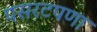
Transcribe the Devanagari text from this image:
पसरटपणा